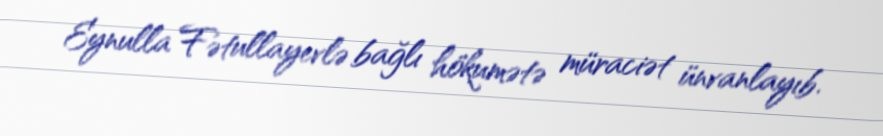
Eynulla Fətullayevlə bağlı hökumətə müraciət ünvanlayıb.